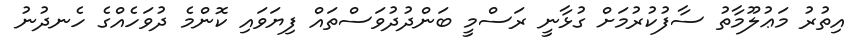
އިތުރު މަޢުލޫމާތު ސާފުކުރުމަށް ގުޅާނީ ރަސްމީ ބަންދުދުވަސްތައް ފިޔަވައި ކޮންމެ ދުވަހެއްގެ ހެނދުނު